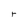
Character: r